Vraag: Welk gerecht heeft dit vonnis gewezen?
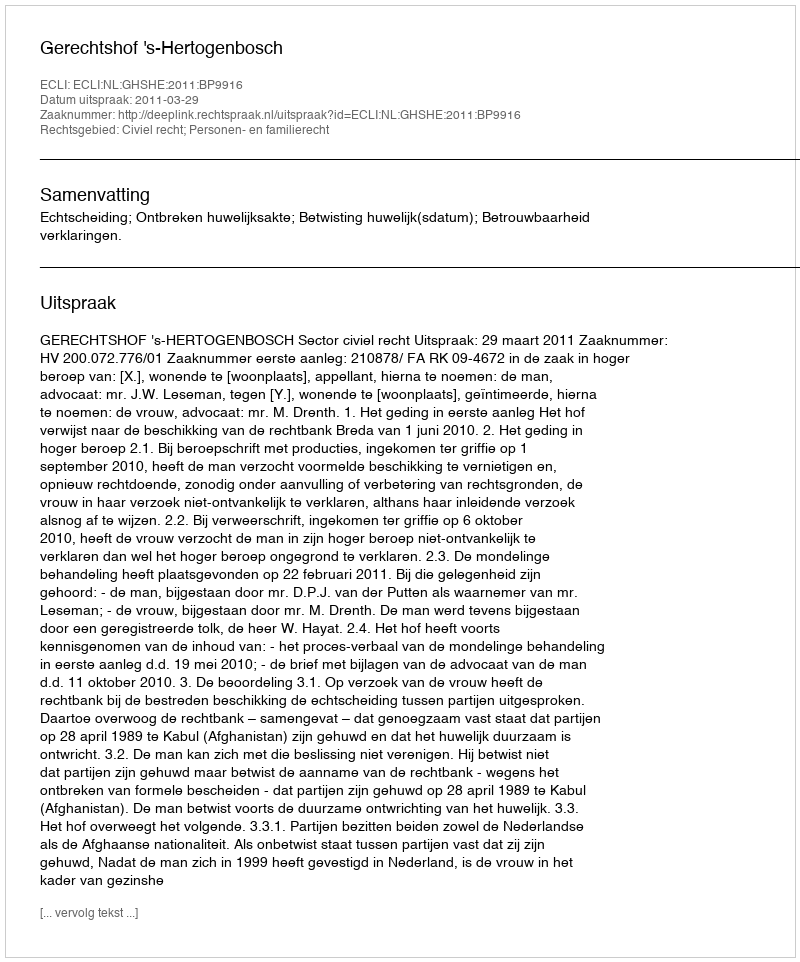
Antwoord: Gerechtshof 's-Hertogenbosch